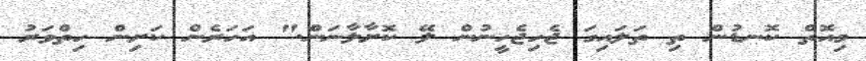
މިއޮތް ކޮނޑުން ތި ތަލައިގަ ޖެހިޖެހީނުން ލޭ ކޮށާލާނަން." އަހަރެން ކަށިން ހިތްވަރު